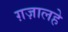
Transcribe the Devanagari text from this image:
ग़ज़ालहे